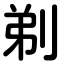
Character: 剃